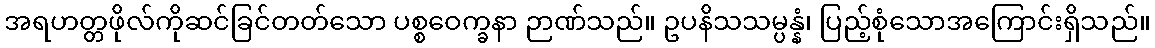
အရဟတ္တဖိုလ်ကိုဆင်ခြင်တတ်သော ပစ္စဝေက္ခနာ ဉာဏ်သည်။ ဥပနိသသမ္ပန္နံ၊ ပြည့်စုံသောအကြောင်းရှိသည်။